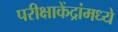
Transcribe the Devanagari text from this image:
परीक्षाकेंद्रांमध्ये